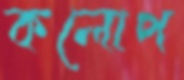
কলোপ